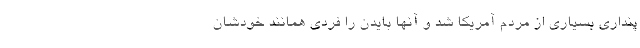
پنداری بسیاری از مردم آمریکا شد و آنها بایدن را فردی همانند خودشان